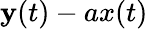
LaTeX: \mathbf{y}(t)-ax(t)